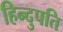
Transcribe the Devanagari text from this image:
हिन्दुपति